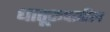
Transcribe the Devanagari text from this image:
धातूरूपातील